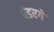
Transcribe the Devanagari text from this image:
पंडरगे